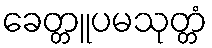
ခေတ္တူပမသုတ္တံ